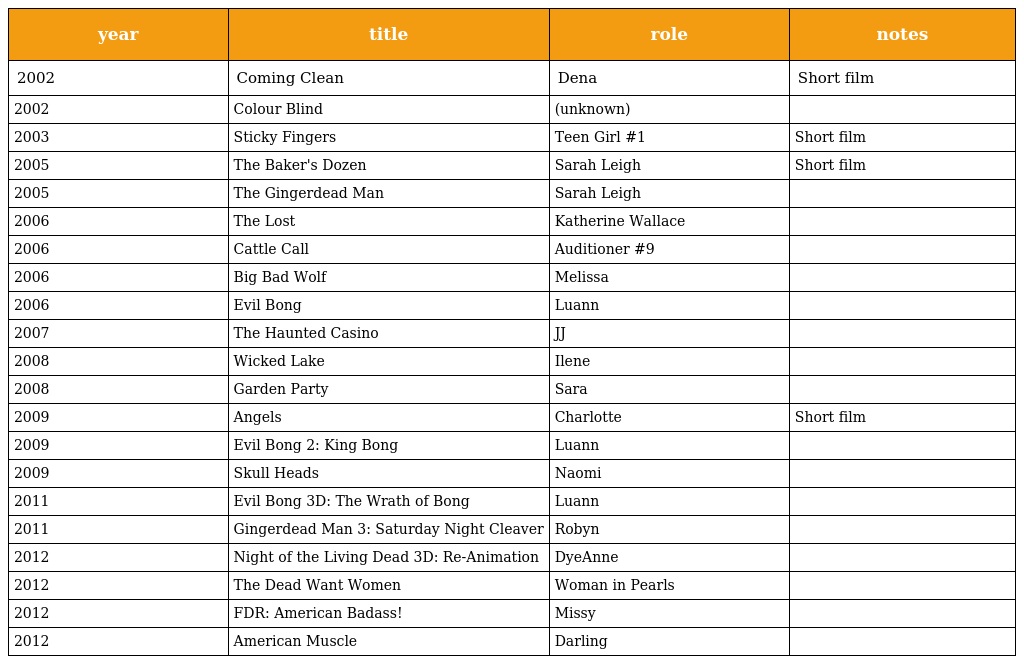
| year | title | role | notes |
 | --- | --- | --- | --- |
 | 2002 | Coming Clean | Dena | Short film |
 | 2002 | Colour Blind | (unknown) |  |
 | 2003 | Sticky Fingers | Teen Girl #1 | Short film |
 | 2005 | The Baker's Dozen | Sarah Leigh | Short film |
 | 2005 | The Gingerdead Man | Sarah Leigh |  |
 | 2006 | The Lost | Katherine Wallace |  |
 | 2006 | Cattle Call | Auditioner #9 |  |
 | 2006 | Big Bad Wolf | Melissa |  |
 | 2006 | Evil Bong | Luann |  |
 | 2007 | The Haunted Casino | JJ |  |
 | 2008 | Wicked Lake | Ilene |  |
 | 2008 | Garden Party | Sara |  |
 | 2009 | Angels | Charlotte | Short film |
 | 2009 | Evil Bong 2: King Bong | Luann |  |
 | 2009 | Skull Heads | Naomi |  |
 | 2011 | Evil Bong 3D: The Wrath of Bong | Luann |  |
 | 2011 | Gingerdead Man 3: Saturday Night Cleaver | Robyn |  |
 | 2012 | Night of the Living Dead 3D: Re-Animation | DyeAnne |  |
 | 2012 | The Dead Want Women | Woman in Pearls |  |
 | 2012 | FDR: American Badass! | Missy |  |
 | 2012 | American Muscle | Darling |  |